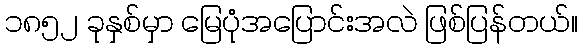
၁၈၅၂ ခုနှစ်မှာ မြေပုံအပြောင်းအလဲ ဖြစ်ပြန်တယ်။